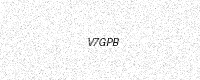
Text: V7GPB